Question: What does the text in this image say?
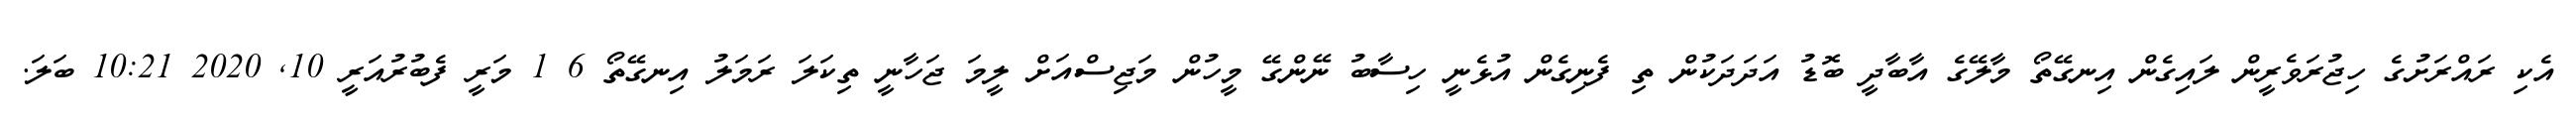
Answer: އެކި ރައްރަށުގެ ހިޖުރަވެރީން ލައިގެން އިނގޭތޯ މާލޭގެ އާބާދީ ބޮޑު އަދަދަކުން ތި ފެނިގެން އުޅެނީ ހިސާބު ނޭންގޭ މީހުން މަޖިސްއަށް ލީމަ ޖަހާނީ ތިކަލަ ރަމަލު އިނގޭތޯ 6 1 މަރީ ފެބުރުއަރީ 10, 2020 10:21 ބަލަ.